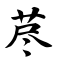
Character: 荩